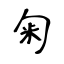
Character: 匊